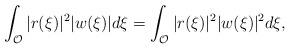
LaTeX: \begin{align*} \int_{\mathcal O} |r(\xi)|^2|w(\xi)| d\xi= \int_{\mathcal O} |r(\xi)|^2|w(\xi)|^2 d\xi,\end{align*}